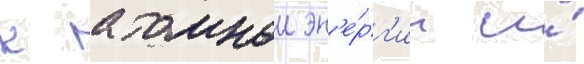
к атомнои эн'е́рг'ии и́